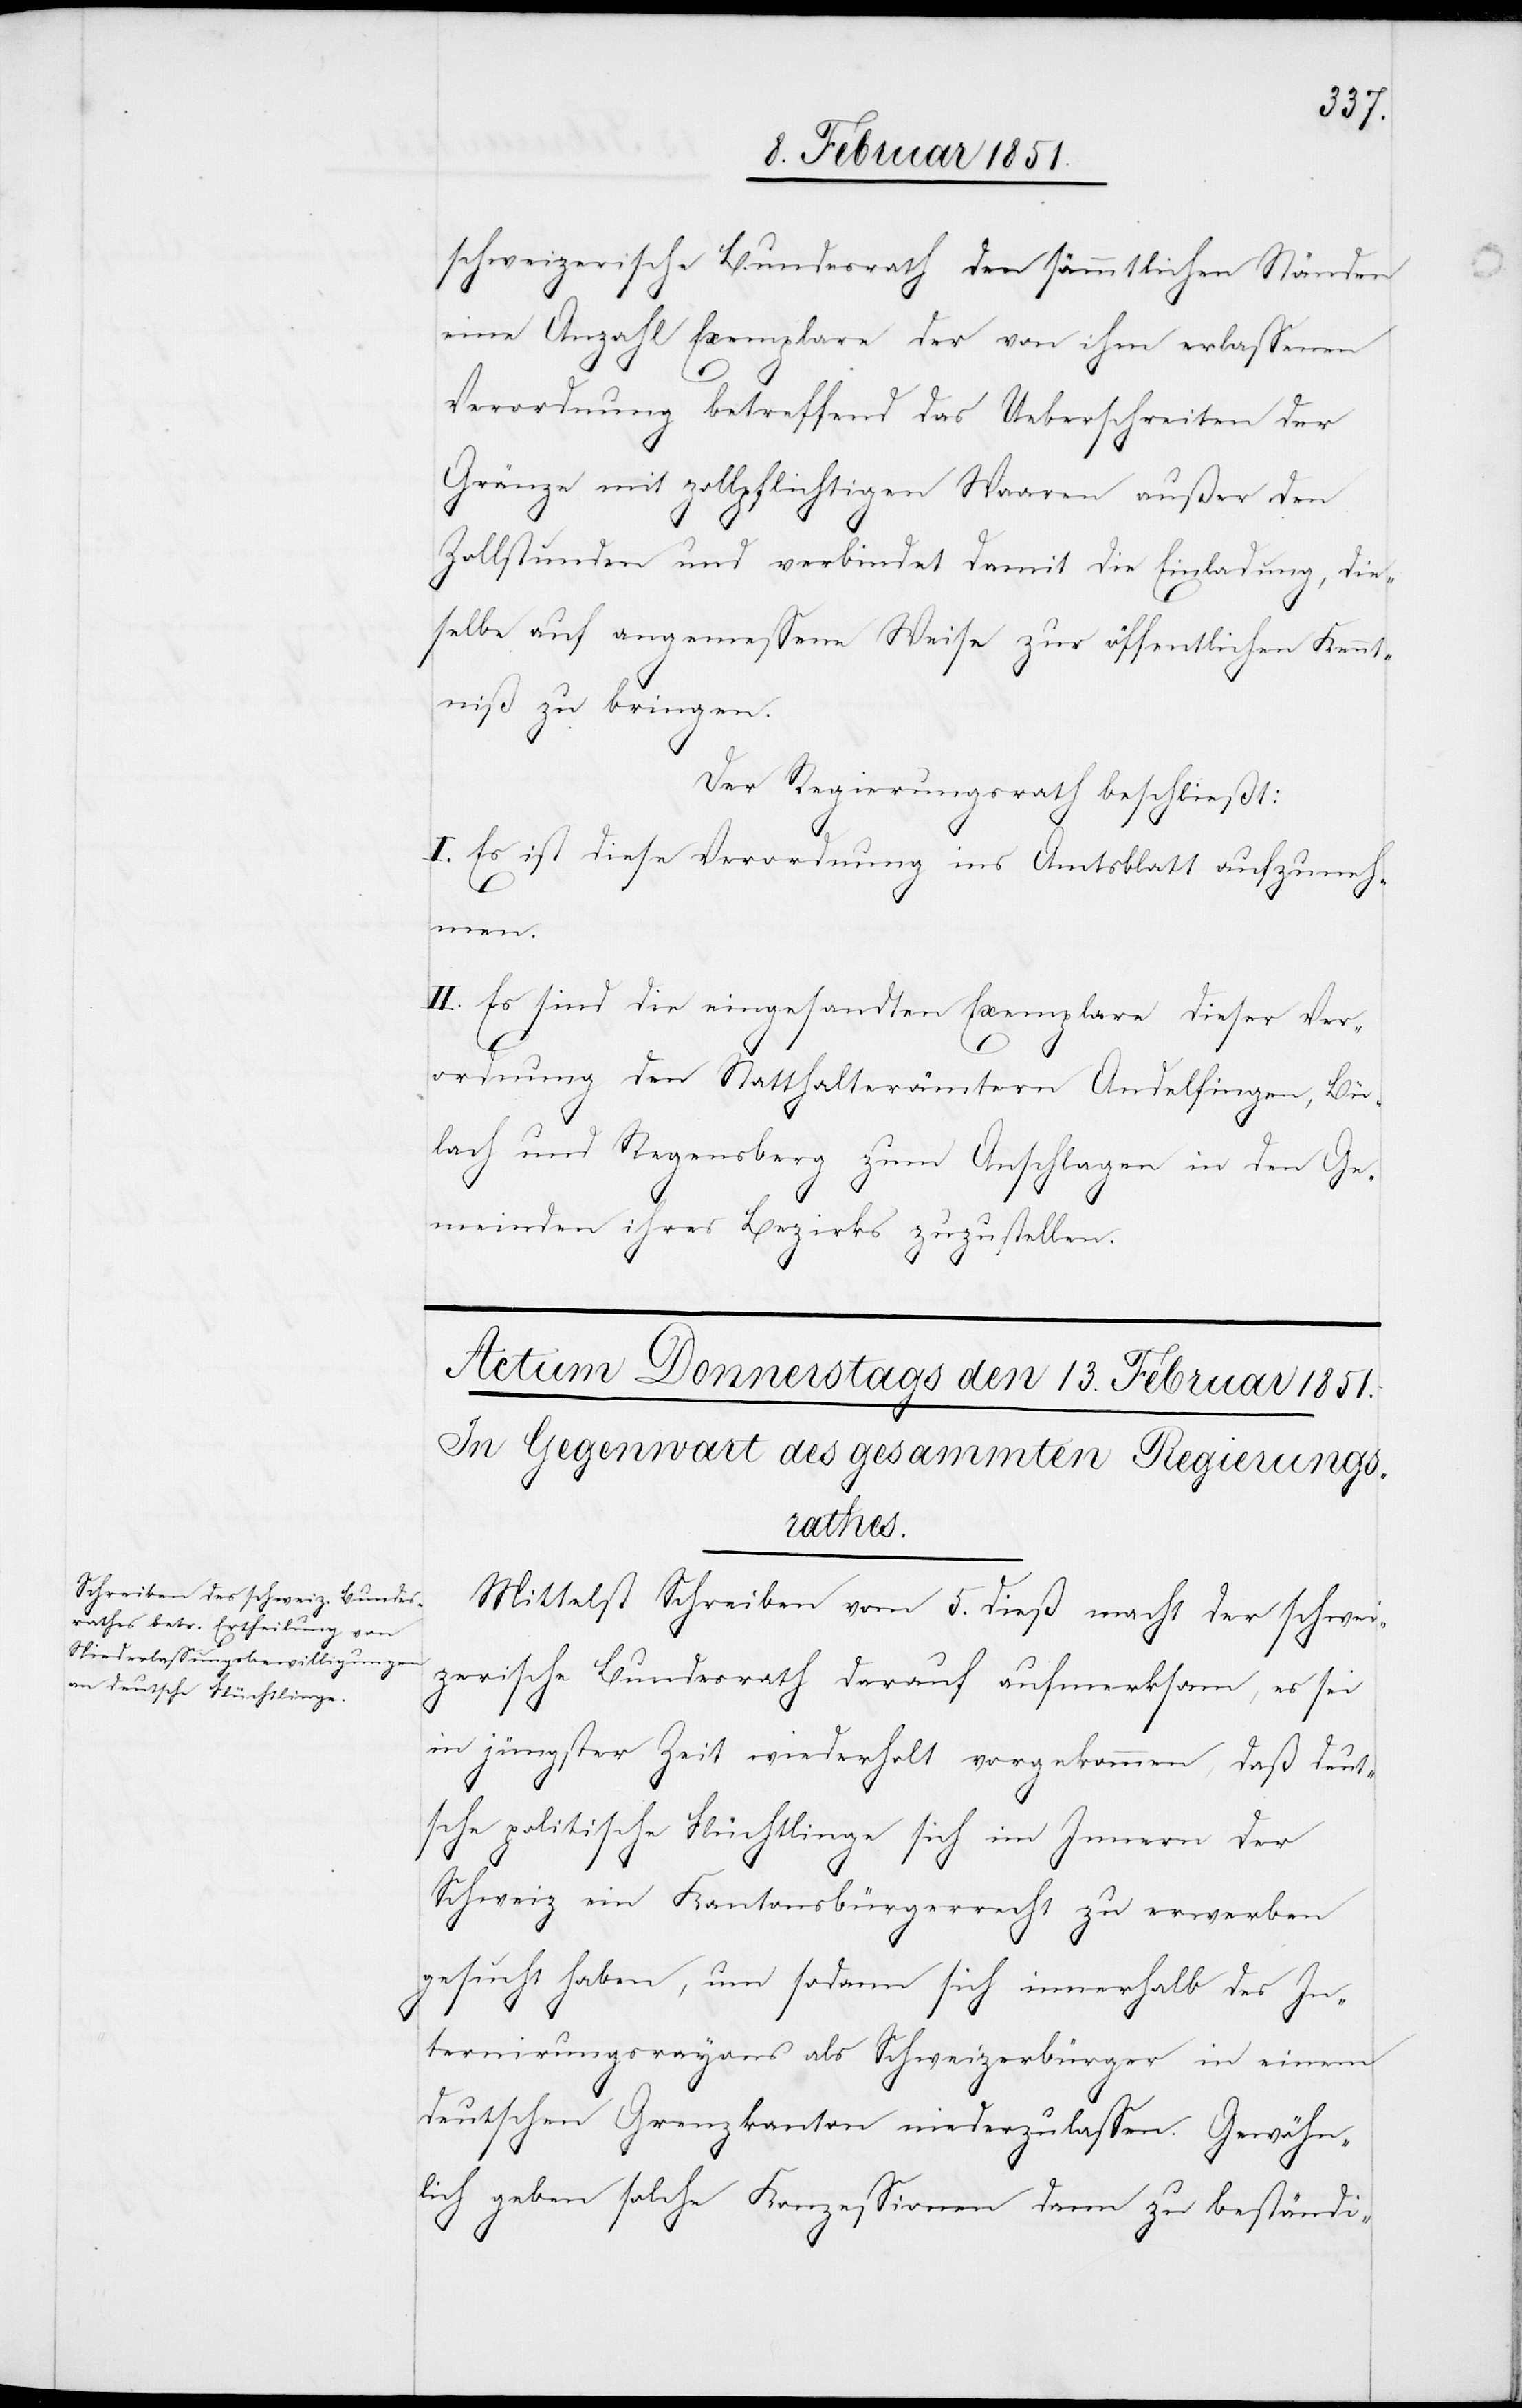
schweizerische Bundesrath den sämmtlichen Ständen
eine Anzahl Exemplare der von ihm erlassenen
Verordnung betreffend das Ueberschreiten der
Gränze mit zollpflichtigen Waaren außer den
Zollstunden und verbindet damit die Einladung, die¬
selbe auf angemessene Weise zur öffentlichen Kennt¬
niß zu bringen.
Der Regierungsrath beschließt:
I. Es ist diese Verordnung ins Amtsblatt aufzuneh¬
men.
II. Es sind die eingesandten Exemplare dieser Ver¬
ordnung den Statthalterämtern Andelfingen, Bü¬
lach und Regensberg zum Anschlagen in den Ge¬
meinden ihres Bezirks zuzustellen.
Mittelst Schreiben vom 5. dieß macht der schwei¬
zerische Bundesrath darauf aufmerksam, es sei
in jüngster Zeit wiederholt vorgekommen, daß deut¬
sche politische Flüchtlinge sich im Innern der
Schweiz ein Kantonsbürgerrecht zu erwerben
gesucht haben, um sodann sich innerhalb des In¬
ternirungsrayons als Schweizerbürger in einem
deutschen Grenzkanton niederzulassen. Gewöhn¬
lich geben solche Konzessionen dann zu beständi-